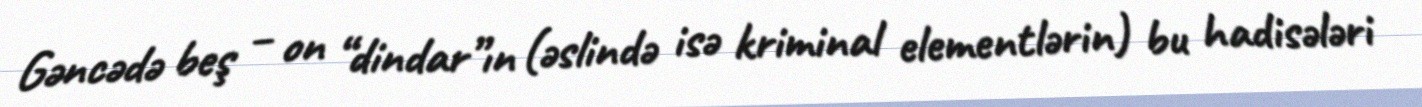
Gəncədə beş – on “dindar”ın (əslində isə kriminal elementlərin) bu hadisələri